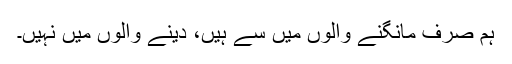
ہم صرف مانگنے والوں میں سے ہیں، دینے والوں میں نہیں۔